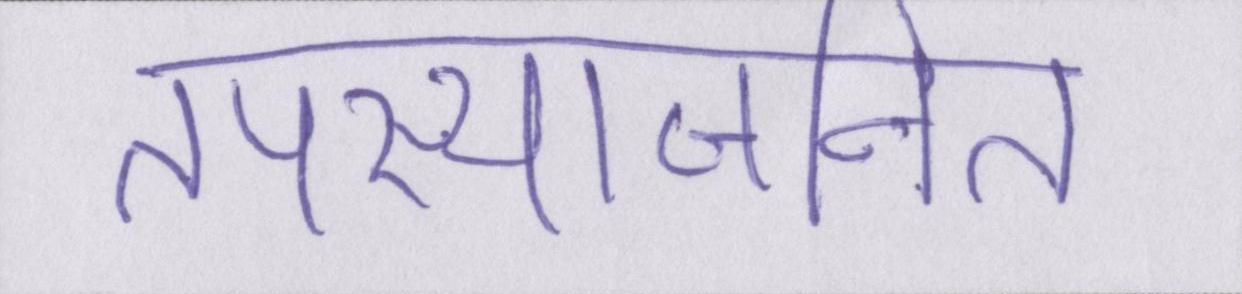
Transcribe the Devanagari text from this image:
तपस्याजनित